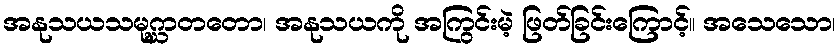
အနုသယသမုဂ္ဃာတတော၊ အနုသယကို အကြွင်းမဲ့ ဖြတ်ခြင်းကြောင့်။ အသေသော၊